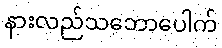
နားလည်သဘောပေါက်